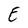
Character: E